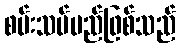
စမ်းသပ်မည်ဖြစ်သည်